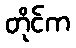
တိုင်က